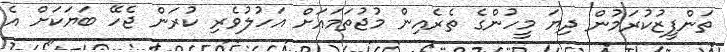
ތަންފީޒުކުރަމުން ދިޔަ މީހުންގެ ތެރެއިން މުޖުތަމައަށް އަހުލުވެރި ކުރަން ޖެހޭ ބަޔަކަށް އެ